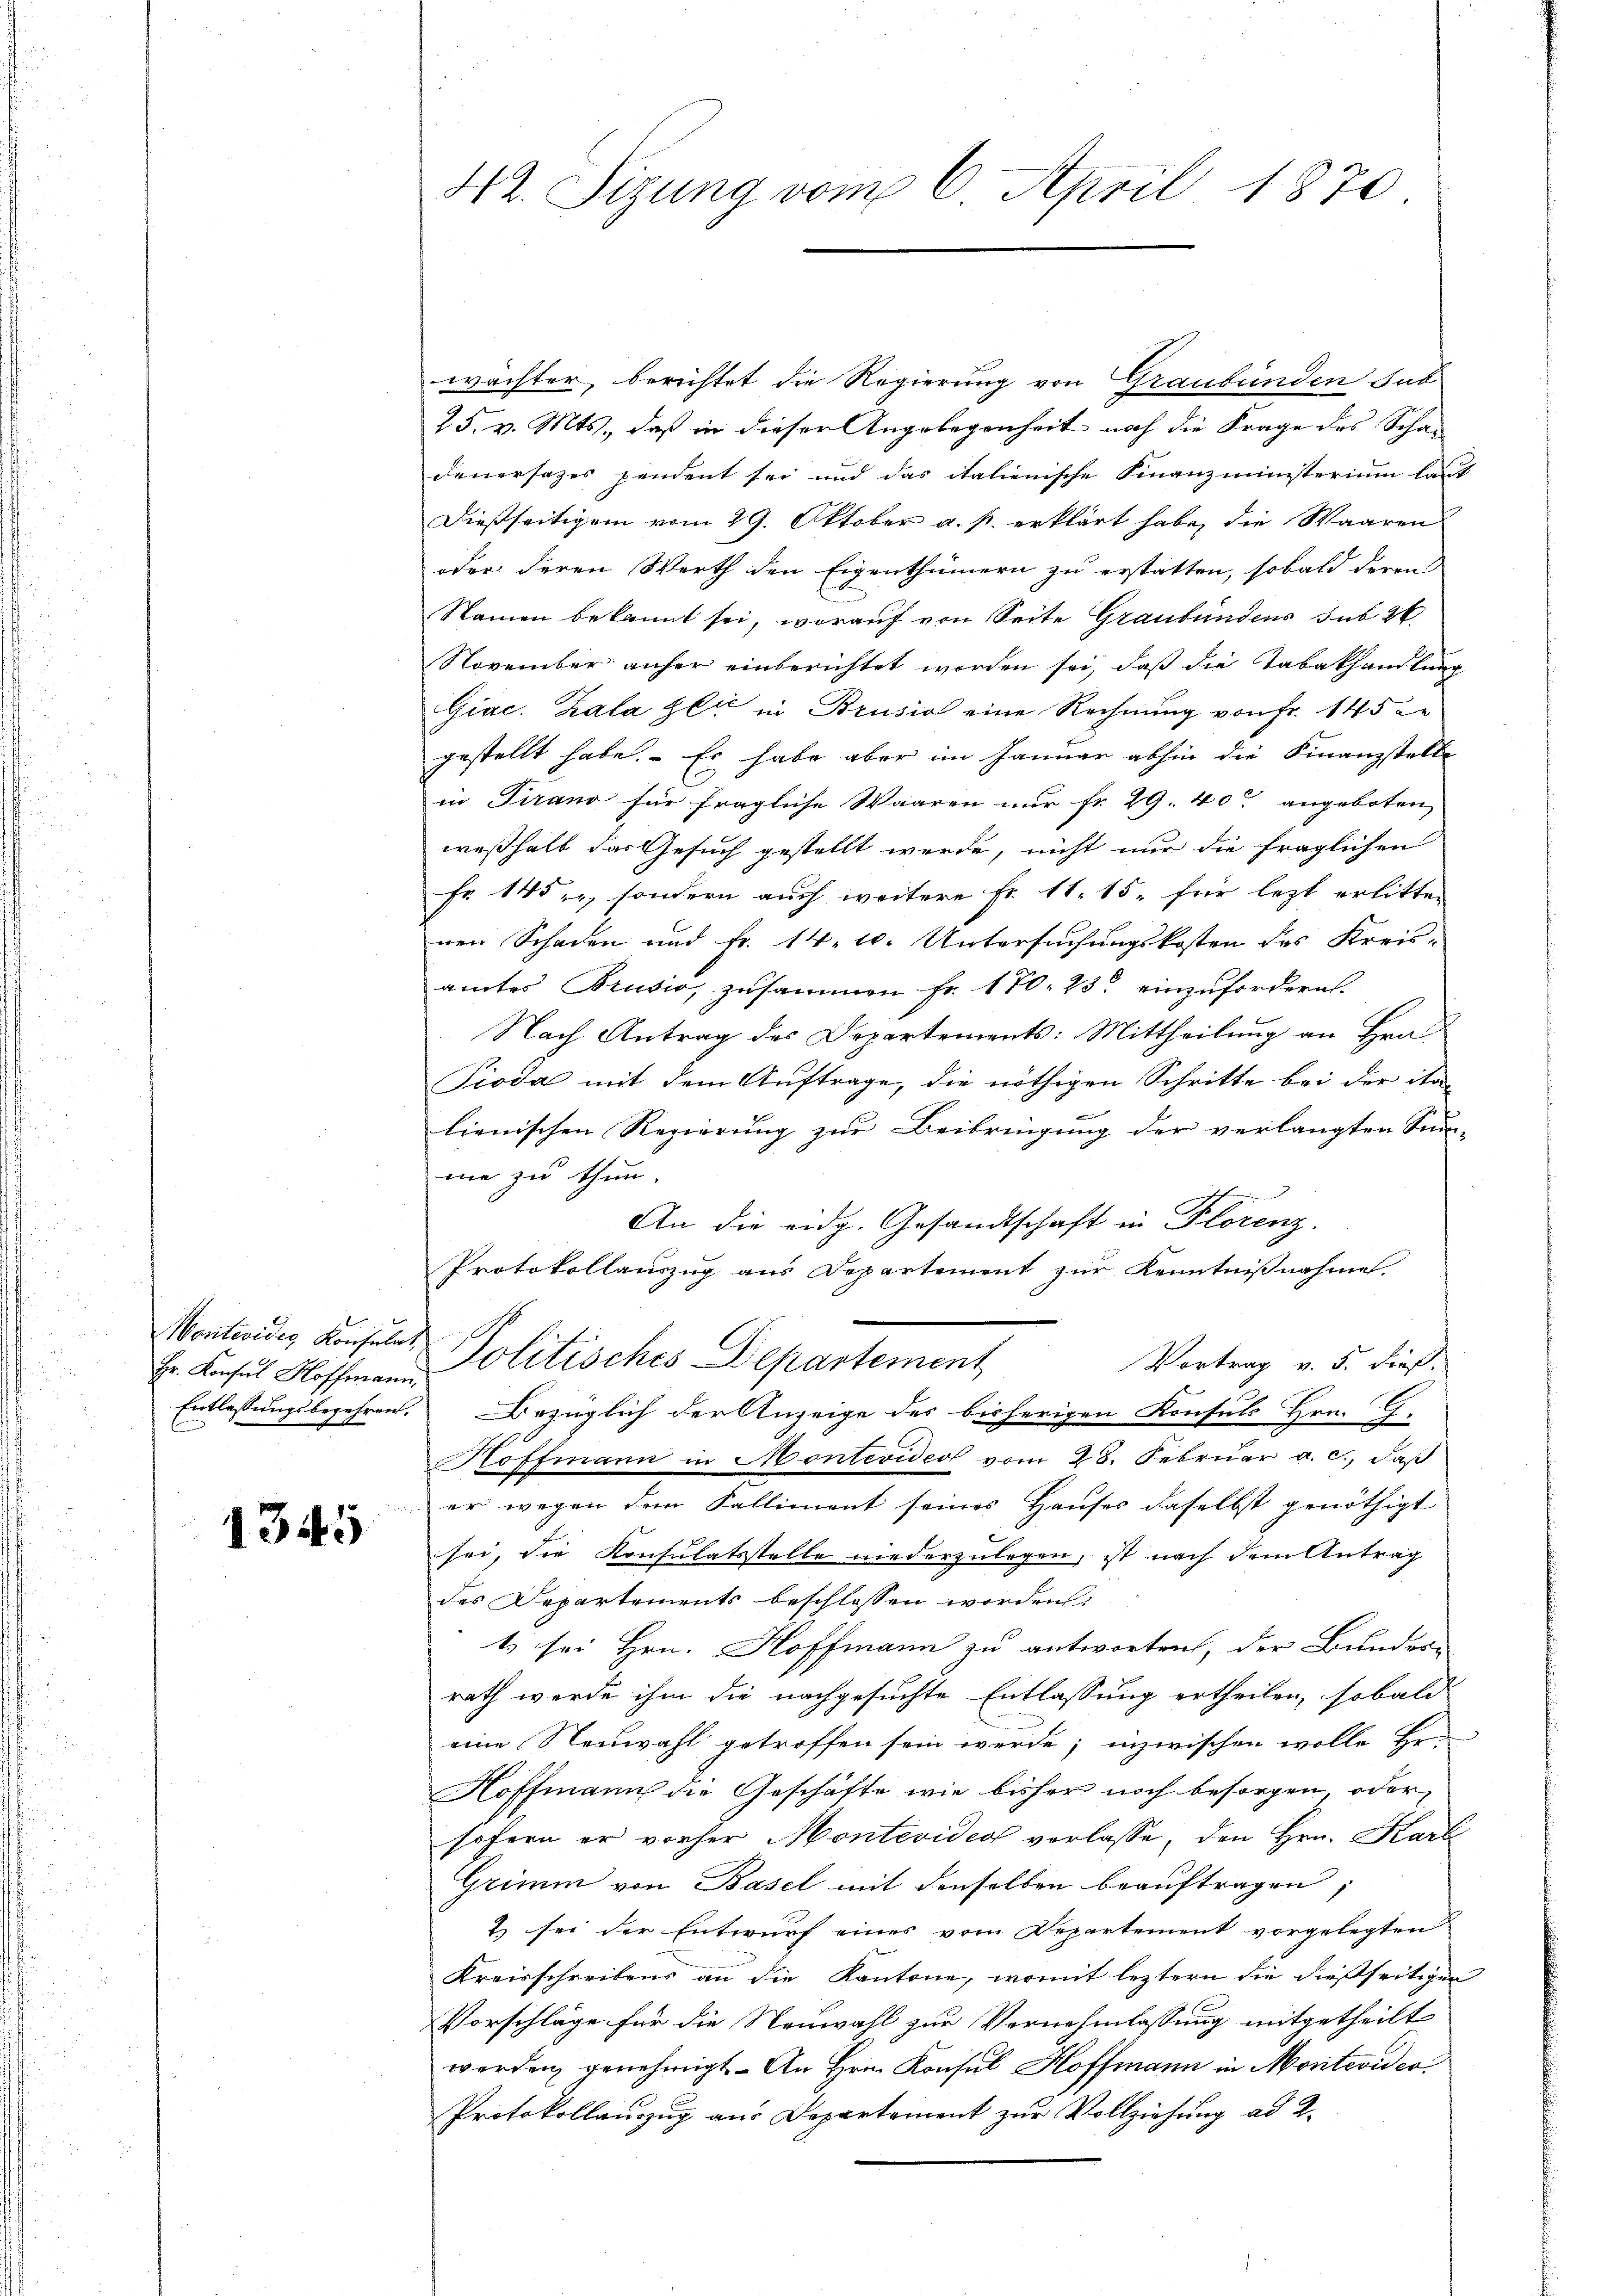
Hr. Konsul Hoffmann,
Entlassungsbegehren.

1345

42. Sizung vom 6. April 1870.

wächter, berichtet die Regierung von Graubünden Sub
25. v. Mts., daß in dieser Angelegenheit noch die Frage des Scha-
Feuersatzes pendent sei und das italienische Finanzministerium laut
Dießseitigem vom 29. Oktober a. p. erklärt habe, die Waaren
oder deren Werth den Eigenthümern zu erstatten, sobald deren
Namen bekannt sei, worauf von Seite Graubündens sub 26
November anher einberichtet worden sei, daß die Tabakhandlung
Giac. Kala zlić in Brusio eine Rechnung von Fr. 145 de
gestellt habe. – Es habe aber im Januar abhin die Finanzstelle
in Tirano für fragliche Waaren nur fr. 29. 40 angeboten,
weßhalb das Gesuch gestellt werde, nicht nur die fraglichen
Fr. 145, sondern auch weitere Fr. 11. 15. für letzt erlitten
nen Schaden und Fr. 14. 10. Untersuchungskosten des Kreis-
amtes Brusio, zusammen Fr. 170. 23. einzufordern.
Nach Antrag des Departements: Mittheilung an Hra
Pioda mit dem Auftrage, die nöthigen Schritte bei der ita-
lienischen Regierung zur Beibringung der verlangten Sum-
me zu thun.
An die eidg. Gesandtschaft in Florenz.
Protokollauszug aus Departement zur Kenntnisnahme.
Vontevides Konsula Politisches Departement
Vortrag v. 5. dieß.
Bezüglich der Anzeige des bisherigen Konsuls Hrn. G.
Hoffmann in Montevideo vom 28. Februar a. c., daß
er wegen dem Salliment seines Hauses daselbst genöthigt
sei, die Konsulatsstelle niederzulegen, ist nach dem Antrag
des Departements beschlossen worden:
t sei Hrn. Hoffmann zu antworten, der Bunder-
rath werde ihm die nachgesuchte Entlassung ertheilen, sobald
eine Neuwahl getroffen sein werde; inzwischen wolle Hr.
Hoffmann die Geschäfte wie bisher noch besorgen, oder
sofern er vorher Montevideo verlasse, den Hrn. Karl
Grimm von Basel mit denselben beauftragen;
2) sei der Entwurf eines vom Departement vorgelegten
Kreisschreibens an die Kantone, womit leztern die dießseitigen
Vorschläge für die Neuwahl zur Vernehmlassung mitgetheilt
werden genehmigt. An Hrn. Konsul Hoffmann in Montevideo
Protokollauszug aus Departement zur Vollziehung ad 2.